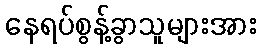
နေရပ်စွန့်ခွာသူများအား